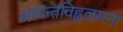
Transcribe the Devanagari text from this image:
अत्यन्तविह्वलमना